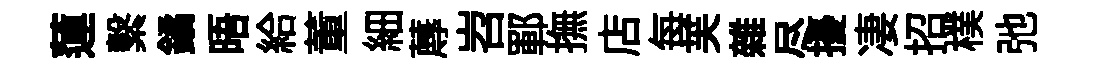
蓮繫鐍晤給董細蓐岧鄆撫店每芙雜尽擾凄招樸弛